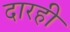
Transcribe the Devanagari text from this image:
दारही